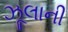
ઝૂલાની